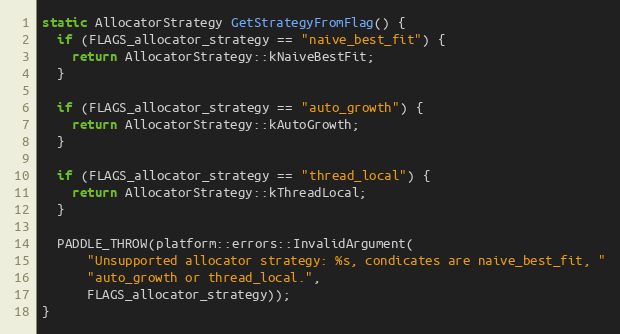
Language: C++
static AllocatorStrategy GetStrategyFromFlag() {
  if (FLAGS_allocator_strategy == "naive_best_fit") {
    return AllocatorStrategy::kNaiveBestFit;
  }

  if (FLAGS_allocator_strategy == "auto_growth") {
    return AllocatorStrategy::kAutoGrowth;
  }

  if (FLAGS_allocator_strategy == "thread_local") {
    return AllocatorStrategy::kThreadLocal;
  }

  PADDLE_THROW(platform::errors::InvalidArgument(
      "Unsupported allocator strategy: %s, condicates are naive_best_fit, "
      "auto_growth or thread_local.",
      FLAGS_allocator_strategy));
}